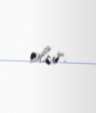
olur.